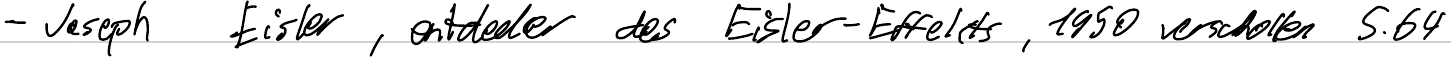
- Joseph Eisler, entdecker des Eisler-Effekts, 1950 verschollen S.64